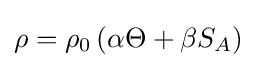
\rho =\rho _{0}\left(\alpha \Theta +\beta S_{A}\right)